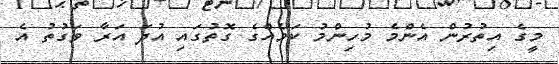
މީގެ އިތުރުން އެންމެ މުހިންމު ކަމެއްގެ ގޮތުގައި އުދަ އަރާ ވަގުތު އެ